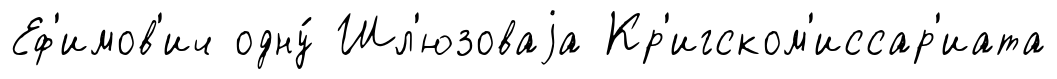
Еф'имов'ич одну́ Шл'юзоваjа Кр'игском'иссар'иата